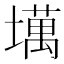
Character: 𫮮